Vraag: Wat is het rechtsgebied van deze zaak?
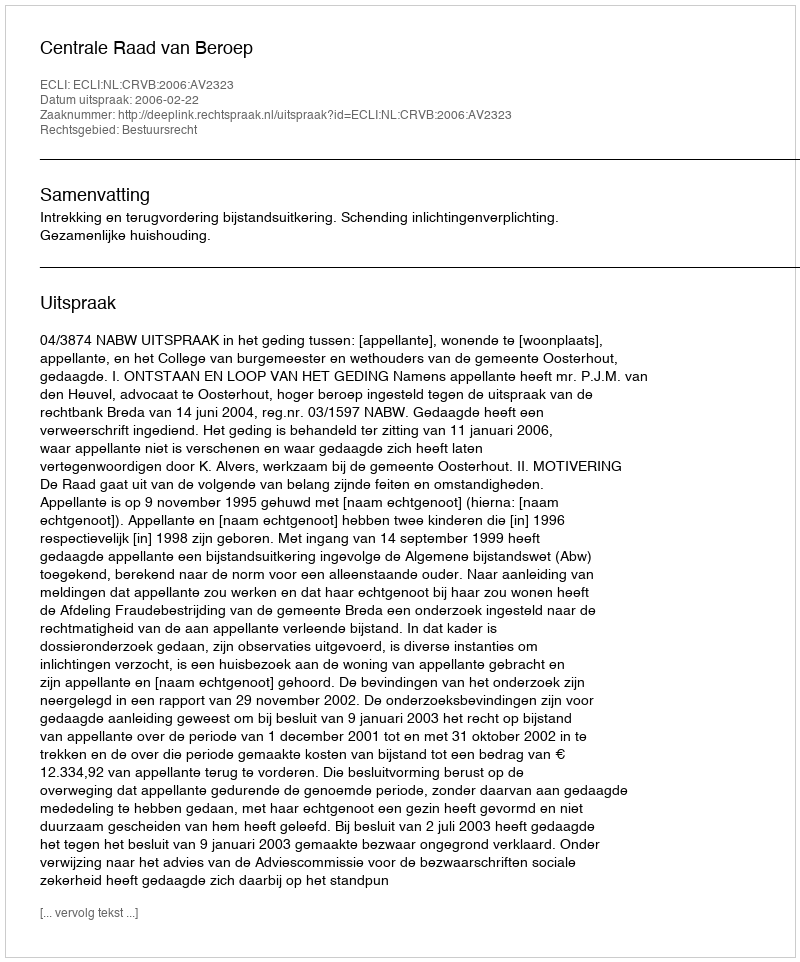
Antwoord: Bestuursrecht